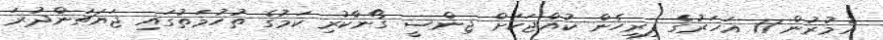
އުމުރުން 11 އަހަރުގެ ފިރިހެން ކުއްޖަކަށް ޖިންސީ ގޯނާކުރި ކަމުގެ ތުހުމަތުގައި ޖަޔަޗަންދުރަ